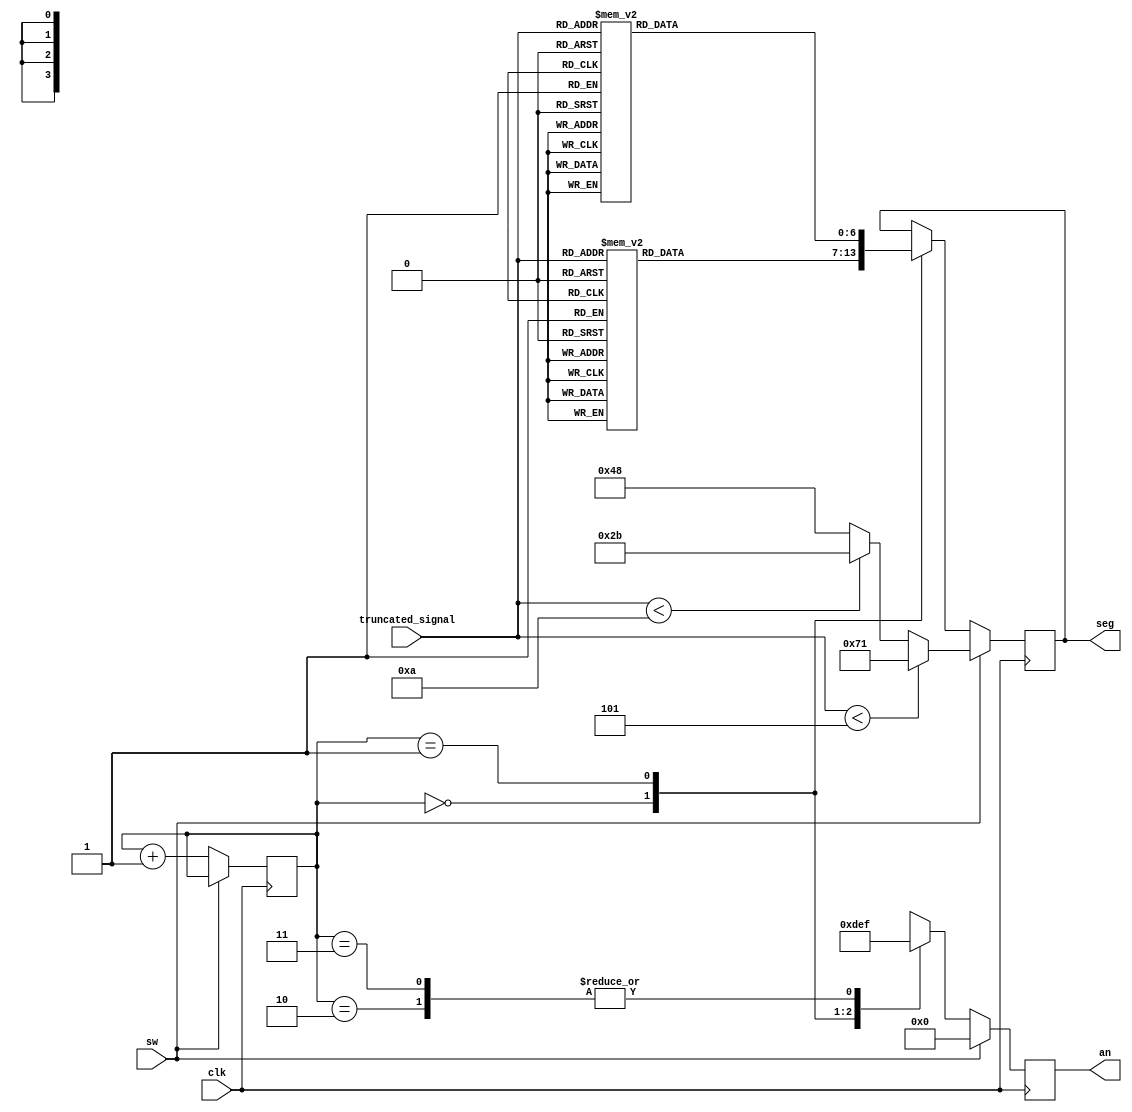
`timescale 1ns / 1ps
//////////////////////////////////////////////////////////////////////////////////
// Company: 
// Engineer: 
// 
// Design Name: 
// Module Name: seg_display
// Project Name: 
// Target Devices: 
// Tool Versions: 
// Description: 
// 
// Dependencies: 
// 
// Revision:
// Revision 0.01 - File Created
// Additional Comments:
// 
//////////////////////////////////////////////////////////////////////////////////


module seg_display(
	input clk,
	input sw,
	input [3:0] truncated_signal,
	output reg [3:0] an, 
	output reg [6:0] seg
    );
   	
   	reg [1:0] ctr = 0;
   	
   	always @(posedge clk) begin
//   		an <= 4'b0011;
//   		seg <= 7'b0000001;
   		if (sw) begin
   			an <= 4'b0000;
   			if (truncated_signal < 4'd5) begin
   				seg <= 7'b1110001; //L
   			end
			else if (truncated_signal < 4'd10) begin
				seg <= 7'b0101011;
			end
			else begin
    			seg <= 7'b1001000;
			end
   		end	
   		else begin
   			ctr <= ctr + 1;
			case (ctr)
			0:
			begin
				an <= 4'b1101;
				case(truncated_signal)
					15:seg <= 7'b1001111;
					14:seg <= 7'b1001111;
					13:seg <= 7'b1001111;
					12:seg <= 7'b1001111;
					11:seg <= 7'b1001111;
					10:seg <= 7'b1001111;
					9:seg <= 7'b1111111;
					8:seg <= 7'b1111111;
					7:seg <= 7'b1111111; 
					6:seg <= 7'b1111111;
					5:seg <= 7'b1111111;
					4:seg <= 7'b1111111;
					3:seg <= 7'b1111111;
					2:seg <= 7'b1111111;
					1:seg <= 7'b1111111;
					0:seg <= 7'b1111111;
				endcase
			end
			1:
			begin
			an <= 4'b1110;
			case(truncated_signal)
					15:seg <= 7'b0100100;
					14:seg <= 7'b1001100;
					13:seg <= 7'b0000110;
					12:seg <= 7'b0010010;
					11:seg <= 7'b1001111;
					10:seg <= 7'b0010010;
					9:seg <= 7'b0000100;
					8:seg <= 7'b0000000;
					7:seg <= 7'b0001111; 
					6:seg <= 7'b0100000;
					5:seg <= 7'b0100100;
					4:seg <= 7'b1001100;
					3:seg <= 7'b0000110;
					2:seg <= 7'b0010010;
					1:seg <= 7'b1001111;
					0:seg <= 7'b0000001;
				endcase
			end
			2:
			an <= 4'b1111;
			3:
			an <= 4'b1111;
			endcase
   		end
   	end
   	
endmodule